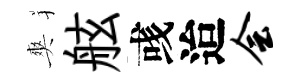
爽舷彧迨会